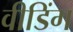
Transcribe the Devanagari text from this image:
वीडिंग